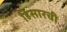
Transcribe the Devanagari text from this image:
हिसारची